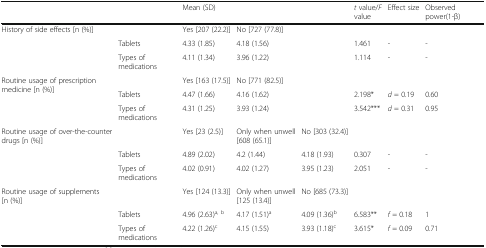
|  |  | <COLSPAN=3> Mean (SD) | t value/F value | Effect size | Observed power(1-β) |
 | --- | --- | --- | --- | --- | --- | --- | --- |
 | <ROWSPAN=3> History of side effects [n (%)] |  | Yes [207 (22.2)] | No [727 (77.8)] |  |  |  |  |
 | Tablets | 4.33 (1.85) | 4.18 (1.56) |  | 1.461 | - | - |
 | Types of medications | 4.11 (1.34) | 3.96 (1.22) |  | 1.114 | - | - |
 | <ROWSPAN=3> Routine usage of prescription medicine [n (%)] |  | Yes [163 (17.5)] | No [771 (82.5)] |  |  |  |  |
 | Tablets | 4.47 (1.66) | 4.16 (1.62) |  | 2.198* | d = 0.19 | 0.60 |
 | Types of medications | 4.31 (1.25) | 3.93 (1.24) |  | 3.542*** | d = 0.31 | 0.95 |
 | <ROWSPAN=3> Routine usage of over-the-counter drugs [n (%)] |  | Yes [23 (2.5)] | Only when unwell [608 (65.1)] | No [303 (32.4)] |  |  |  |
 | Tablets | 4.89 (2.02) | 4.2 (1.44) | 4.18 (1.93) | 0.307 | - | - |
 | Types of medications | 4.02 (0.91) | 4.02 (1.27) | 3.95 (1.23) | 2.051 | - | - |
 | <ROWSPAN=3> Routine usage of supplements [n (%)] |  | Yes [124 (13.3)] | Only when unwell [125 (13.4)] | No [685 (73.3)] |  |  |  |
 | Tablets | 4.96 (2.63)a, b | 4.17 (1.51)a | 4.09 (1.36)b | 6.583** | f = 0.18 | 1 |
 | Types of medications | 4.22 (1.26)c | 4.15 (1.55) | 3.93 (1.18)c | 3.615* | f = 0.09 | 0.71 |